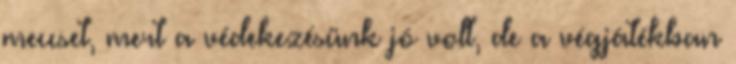
meccset, mert a védekezésünk jó volt, de a végjátékban